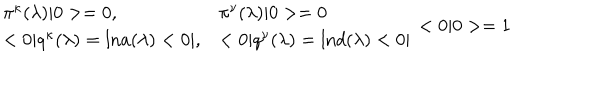
LaTeX: \begin{array} { l l } { { \pi ^ { \kappa } ( \lambda ) | 0 > = 0 , } } & { { \pi ^ { \nu } ( \lambda ) | 0 > = 0 } } \\ { { < 0 | q ^ { \kappa } ( \lambda ) = \mathrm { l n } a ( \lambda ) < 0 | , } } & { { < 0 | q ^ { \nu } ( \lambda ) = \mathrm { l n } d ( \lambda ) < 0 | } } \\ \end{array} < 0 | 0 > = 1